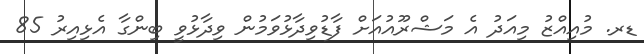
ޑރ. މުއިއްޒު މިއަދު އެ މަޝްރޫއުއަށް ފާޑުވިދާޅުވަމުން ވިދާޅުވީ ބިންގާ އެޅިއިރު 85